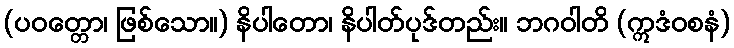
(ပဝတ္တော၊ ဖြစ်သော။) နိပါတော၊ နိပါတ်ပုဒ်တည်း။ ဘဂဝါတိ (ဣဒံဝစနံ)